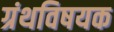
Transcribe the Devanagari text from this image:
ग्रंथविषयक